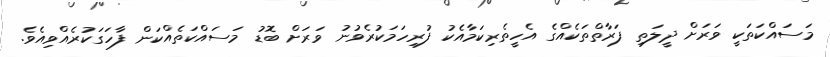
މަސައްކަތަކީ ވަރަށް ދީލަތި ފަރާތްތަކެއްގެ އެހީތެރިކަމާއެކު ފުރިހަމަކުރެވުނު ވަރަށް ބޮޑު މަސައްކަތެއްކަން ފާހަގަކުރެއްވިއެވެ.